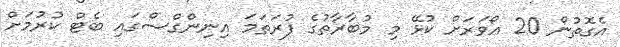
އެގޮތުން 20 އޯވަރަށް ކުޅޭ މި މުބާރާތުގެ ފުރަތަމަ އިނިންގްސްގައި ބެޓް ކުރުމަށް